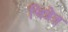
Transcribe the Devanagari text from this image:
चित्रेत